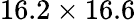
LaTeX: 16.2\times 16.6